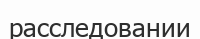
расследовании